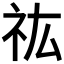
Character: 𮁟